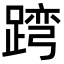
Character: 𨂺